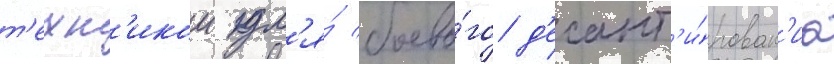
т'ехн'икои дл'я́ боево́го д'есант'и́рован'иа